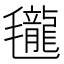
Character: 𣰵